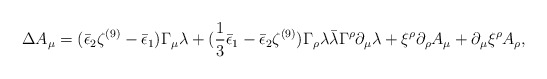
\begin{align*}\Delta A_\mu = (\bar\epsilon_2 \zeta^{(9)} - \bar\epsilon_1) \Gamma_\mu\lambda + ({1\over 3} \bar\epsilon_1 - \bar\epsilon_2 \zeta^{(9)}) \Gamma_{\rho}\lambda \bar\lambda \Gamma^\rho \partial_\mu \lambda+\xi^\rho \partial_\rho A_\mu + \partial_\mu \xi^\rho A_\rho,\end{align*}